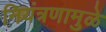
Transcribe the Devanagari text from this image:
नियंत्रणामुळे